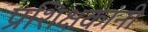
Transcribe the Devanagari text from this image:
प्रशिक्षकांनी